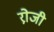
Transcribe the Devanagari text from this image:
रो़जी